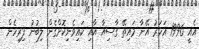
އެއީ 1996 އަހަރު އޭނާ މައިތޭ ގާސިއާ އާއި ކައިވެނިކޮށްގެން ލިބުނު ފިރިހެން